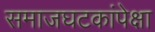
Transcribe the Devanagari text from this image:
समाजघटकांपेक्षा